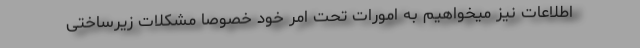
اطلاعات نیز میخواهیم به امورات تحت امر خود خصوصا مشکلات زیرساختی